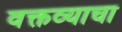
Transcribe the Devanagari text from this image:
वक्तव्याचा